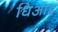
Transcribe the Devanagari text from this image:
धिआइ